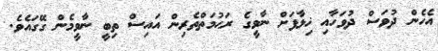
އެހެން ދުވަސް ދުވަހާއި ޚިލާފަށް ނާވީގެ ރަޙުމަތްތެރިން އައިސް ތިބީ ނާވީމެން ގޭގައެވެ.